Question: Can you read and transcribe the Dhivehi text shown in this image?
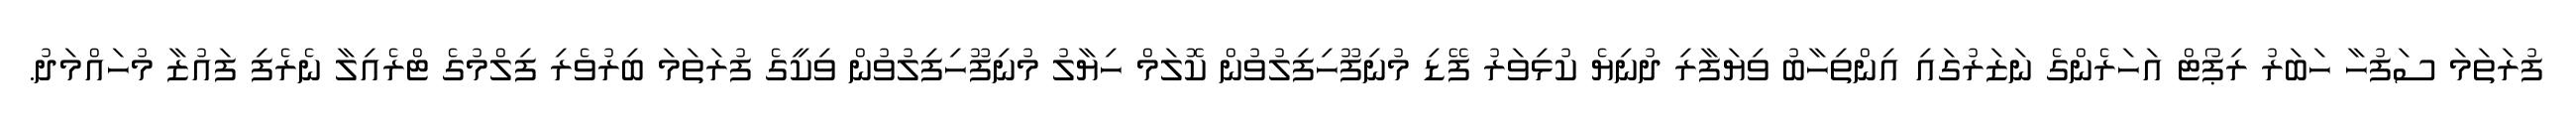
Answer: ފުރަތަމަ ސަފުހާ ހަބަރު ރިޕޯޓް އަހަރެންގެ ނަޒަރުގައި އިންތިހާބު ވިޔަފާރި ދުނިޔެ ކުޅިވަރު ފޭޑި މުނިފޫހިފިލުވުން ކޮލަމް ހިޔާލު މުނިފޫހިފިލުވުން ވިކީގެ ފުރަތަމަ ބިރުވެރި ފިލްމުގެ ޓްރެއިލާ ނެރެފި ފައުޒާ މުހައްމަދު.